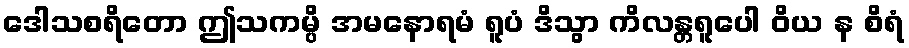
ဒေါသစရိတော ဤသကမ္ပိ အမနောရမံ ရူပံ ဒိသွာ ကိလန္တရူပေါ ဝိယ န စိရံ